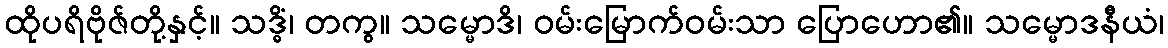
ထိုပရိဗိုဇ်တို့နှင့်။ သဒ္ဓိံ၊ တကွ။ သမ္မောဒိ၊ ဝမ်းမြောက်ဝမ်းသာ ပြောဟော၏။ သမ္မောဒနီယံ၊